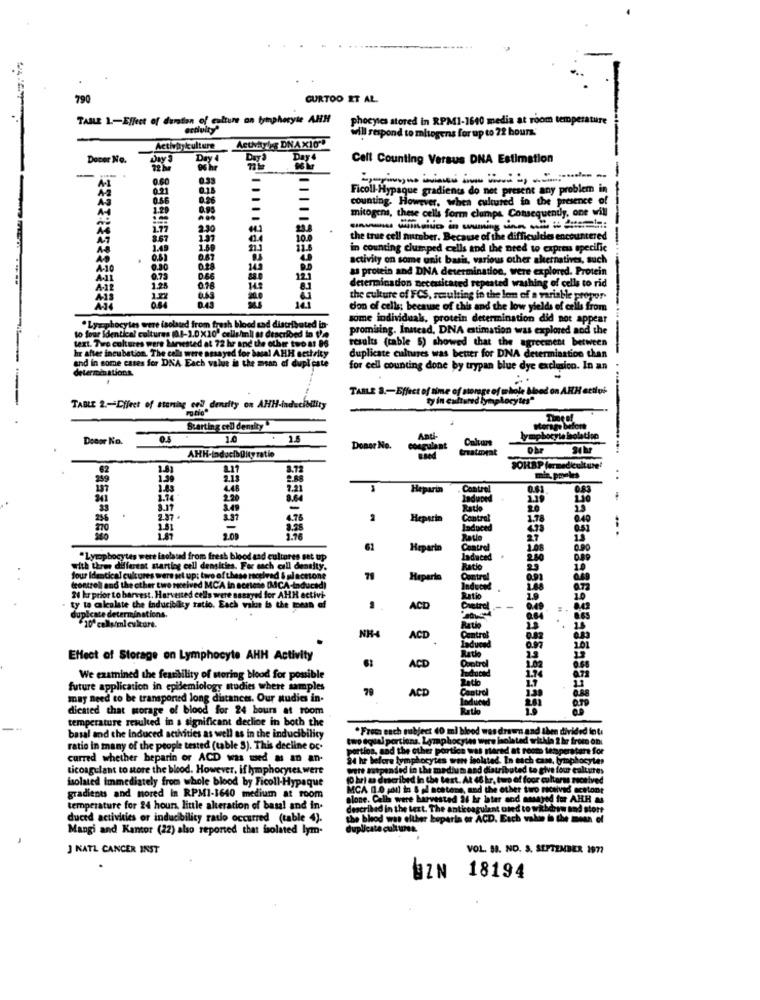
790
CURTOO ET AL.
TABLE 1 .- Effect of duration of culture on tympheryte AHH
phocytes stored in RPM1-1640 media at room temperature
Activitylys DNAX10".
will respond to misogens for up to 72 hours'
Activinkulture
Docor No.
Day 3
Day 4
Day 2
Day
Cell Counting Versus DNA Estimation
Os hr
-
0.60
0.33
Ficoll-Hypaque gradients do net present any problem in
A3
046
counting. However, when cultured in the presence
1.29
mitogens, these cells form clumps. Consequently, one will
-
2.30
8.67
1.37
10.0
the true cell number. Because of the difficuldes encountered
1.49
1.80
in counting clumped cells and the need to express specific
0.63
0.67
activity on some unit basis, various other alernatives, such
A-10
0.28
as protein and DNA determination, were explored. Protein
0.66
12
1.25
0.78
determinadon necessitated repeated washing of cells to rid
the culture of FCS, resulting in the lom of a variable propor
0.45
14.1
don of cells; because of this and the low yields of cells from
some individuals, protein determination did not appear
.Lymphocytes were isolated from fresh blood tad distributed in-
promising. Instead, DNA estimation was explored and the
text. Two cultures wers binested at 72 hr and the other two at 86
to four identical cultures (01-1.0 ×10" cells/li as described in the
results (table 5) showed that the agreement between
hr after incubation. The cells were assayed for bucal AHH settrity
duplicate cultures was better for DNA determination than
determin ations.
and in some cases for DNA Each value is the mean of duplicate
for cell counting done by trypan blue dye exclusico. In an
TABLE a .- Effect of time of sorge of whole Mood on AHH cetlui-
ty in cultured lymphocytes"
TABLE 2 .- Difeet of stoning end density on AHH-inducibility
rotio"
TiReef
TO
Starting cell dentity
Donor No.
1.0
Anti-
lymphocyte bolatino
Donor No.
treatment
AHH-IndocibDityzatie
62
3.72
SOHBP fermediculture'
259
2.13
2.88
miz. pools
137
1.83
4.48
7.21
Heparin
. Control
341
1.74
2.20
3.64
Induped
3.49
-
Ratie
2.87
4.76
2
Heparin
Control
Induced
4.78
2.09
1.76
Ratle
61
Heparin
Control
"Lymphocytes were isolated from fresh blood and cultures set up
with three different starting cell densities. For each call density.
all &
Ratio
four Identical cultures were set up: two of these received & ul actone
Heparin
(controll and the other two received MCA in sortene [MCA-Induced)
24 kr prior to harvest. Harvented cells were sasayed for AHH activi-
activi
Ratio
ty to calculate the inducibility ratio. Each value is the pean of
ACD
Cristal
duplicate determinations.
10 cl/ml culture.
NH-4
Rate
ACD
Effect of Storage on Lymphocyte AHH Activity
ACD
We examined the fearbility of storing blood for possible
future application in epidemiology studies where samples
79
ACD
may need to be transported long distance. Our audies in-
dicated that sorage of blood for 24 hours at room
temperature resulted in a significant decline in both the
en divided fots
basal and the Induced activities as well as in the inducibility
ratio in many of the people tested (table S). This decline or.
curred whether heparin or ACD was used as an an-
ticoagulant to store the blood. However, if lymphocytes were
isolated immediately from whole blood by Ficoll-Hypaque
gradients and mored In RPM1-1640 medium at room
temperature for 24 hours, little alteration of basal and in.
duced activities or inducibility ratio occurred (table 4).
CD.E
Mangi and Kantor (22) also reported that isolated lym-
J NATL CANCER INST
VOL. 53. NO. 3. SEPTEMBER 1977
BZN
18194